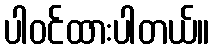
ပါဝင်ထားပါတယ်။